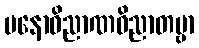
မနောဝိညာဏဝိညာတဗ္ဗာ